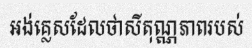
អង់គ្លេសដែលថាសីតុណ្ណភាពរបស់